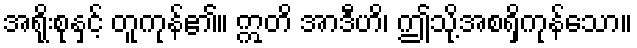
အရိုးစုနှင့် တူကုန်၏။ ဣတိ အာဒီဟိ၊ ဤသို့အစရှိကုန်သော။